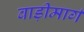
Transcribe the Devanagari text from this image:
बाड़ीमार्ग